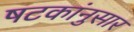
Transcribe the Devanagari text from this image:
षटकांनुसार